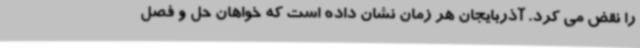
را نقض می کرد. آذربایجان هر زمان نشان داده است که خواهان حل و فصل